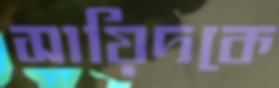
সায়িদকে